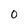
Character: 0